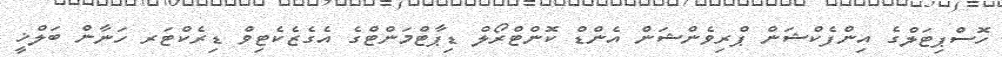
ހޮސްޕިޓަލްގެ އިންފެކްޝަން ޕްރިވެންޝަން އެންޑް ކޮންޓްރޯލް ޑިޕާޓްމަންޓްގެ އެގެޒެކެޓިވް ޑިރެކްޓަރ ހަނާން ބަލްޚީ